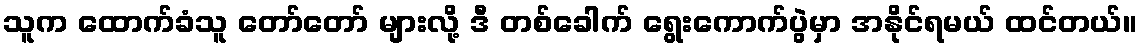
သူက ထောက်ခံသူ တော်တော် များလို့ ဒီ တစ်ခေါက် ရွေးကောက်ပွဲမှာ အနိုင်ရမယ် ထင်တယ်။